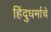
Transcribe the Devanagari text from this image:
हिंदुधर्माचे